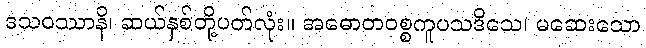
ဒသဝဿာနိ၊ ဆယ်နှစ်တို့ပတ်လုံး။ အဓောတဝစ္စကူပသဒိသေ၊ မဆေးသော